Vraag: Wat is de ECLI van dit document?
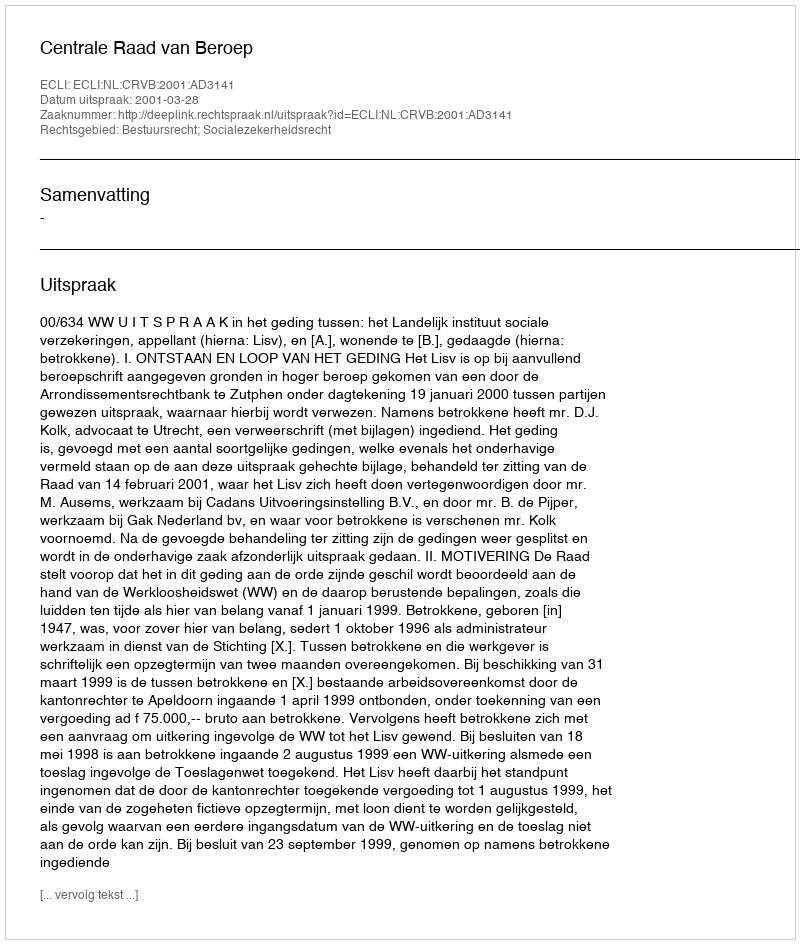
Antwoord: ECLI:NL:CRVB:2001:AD3141